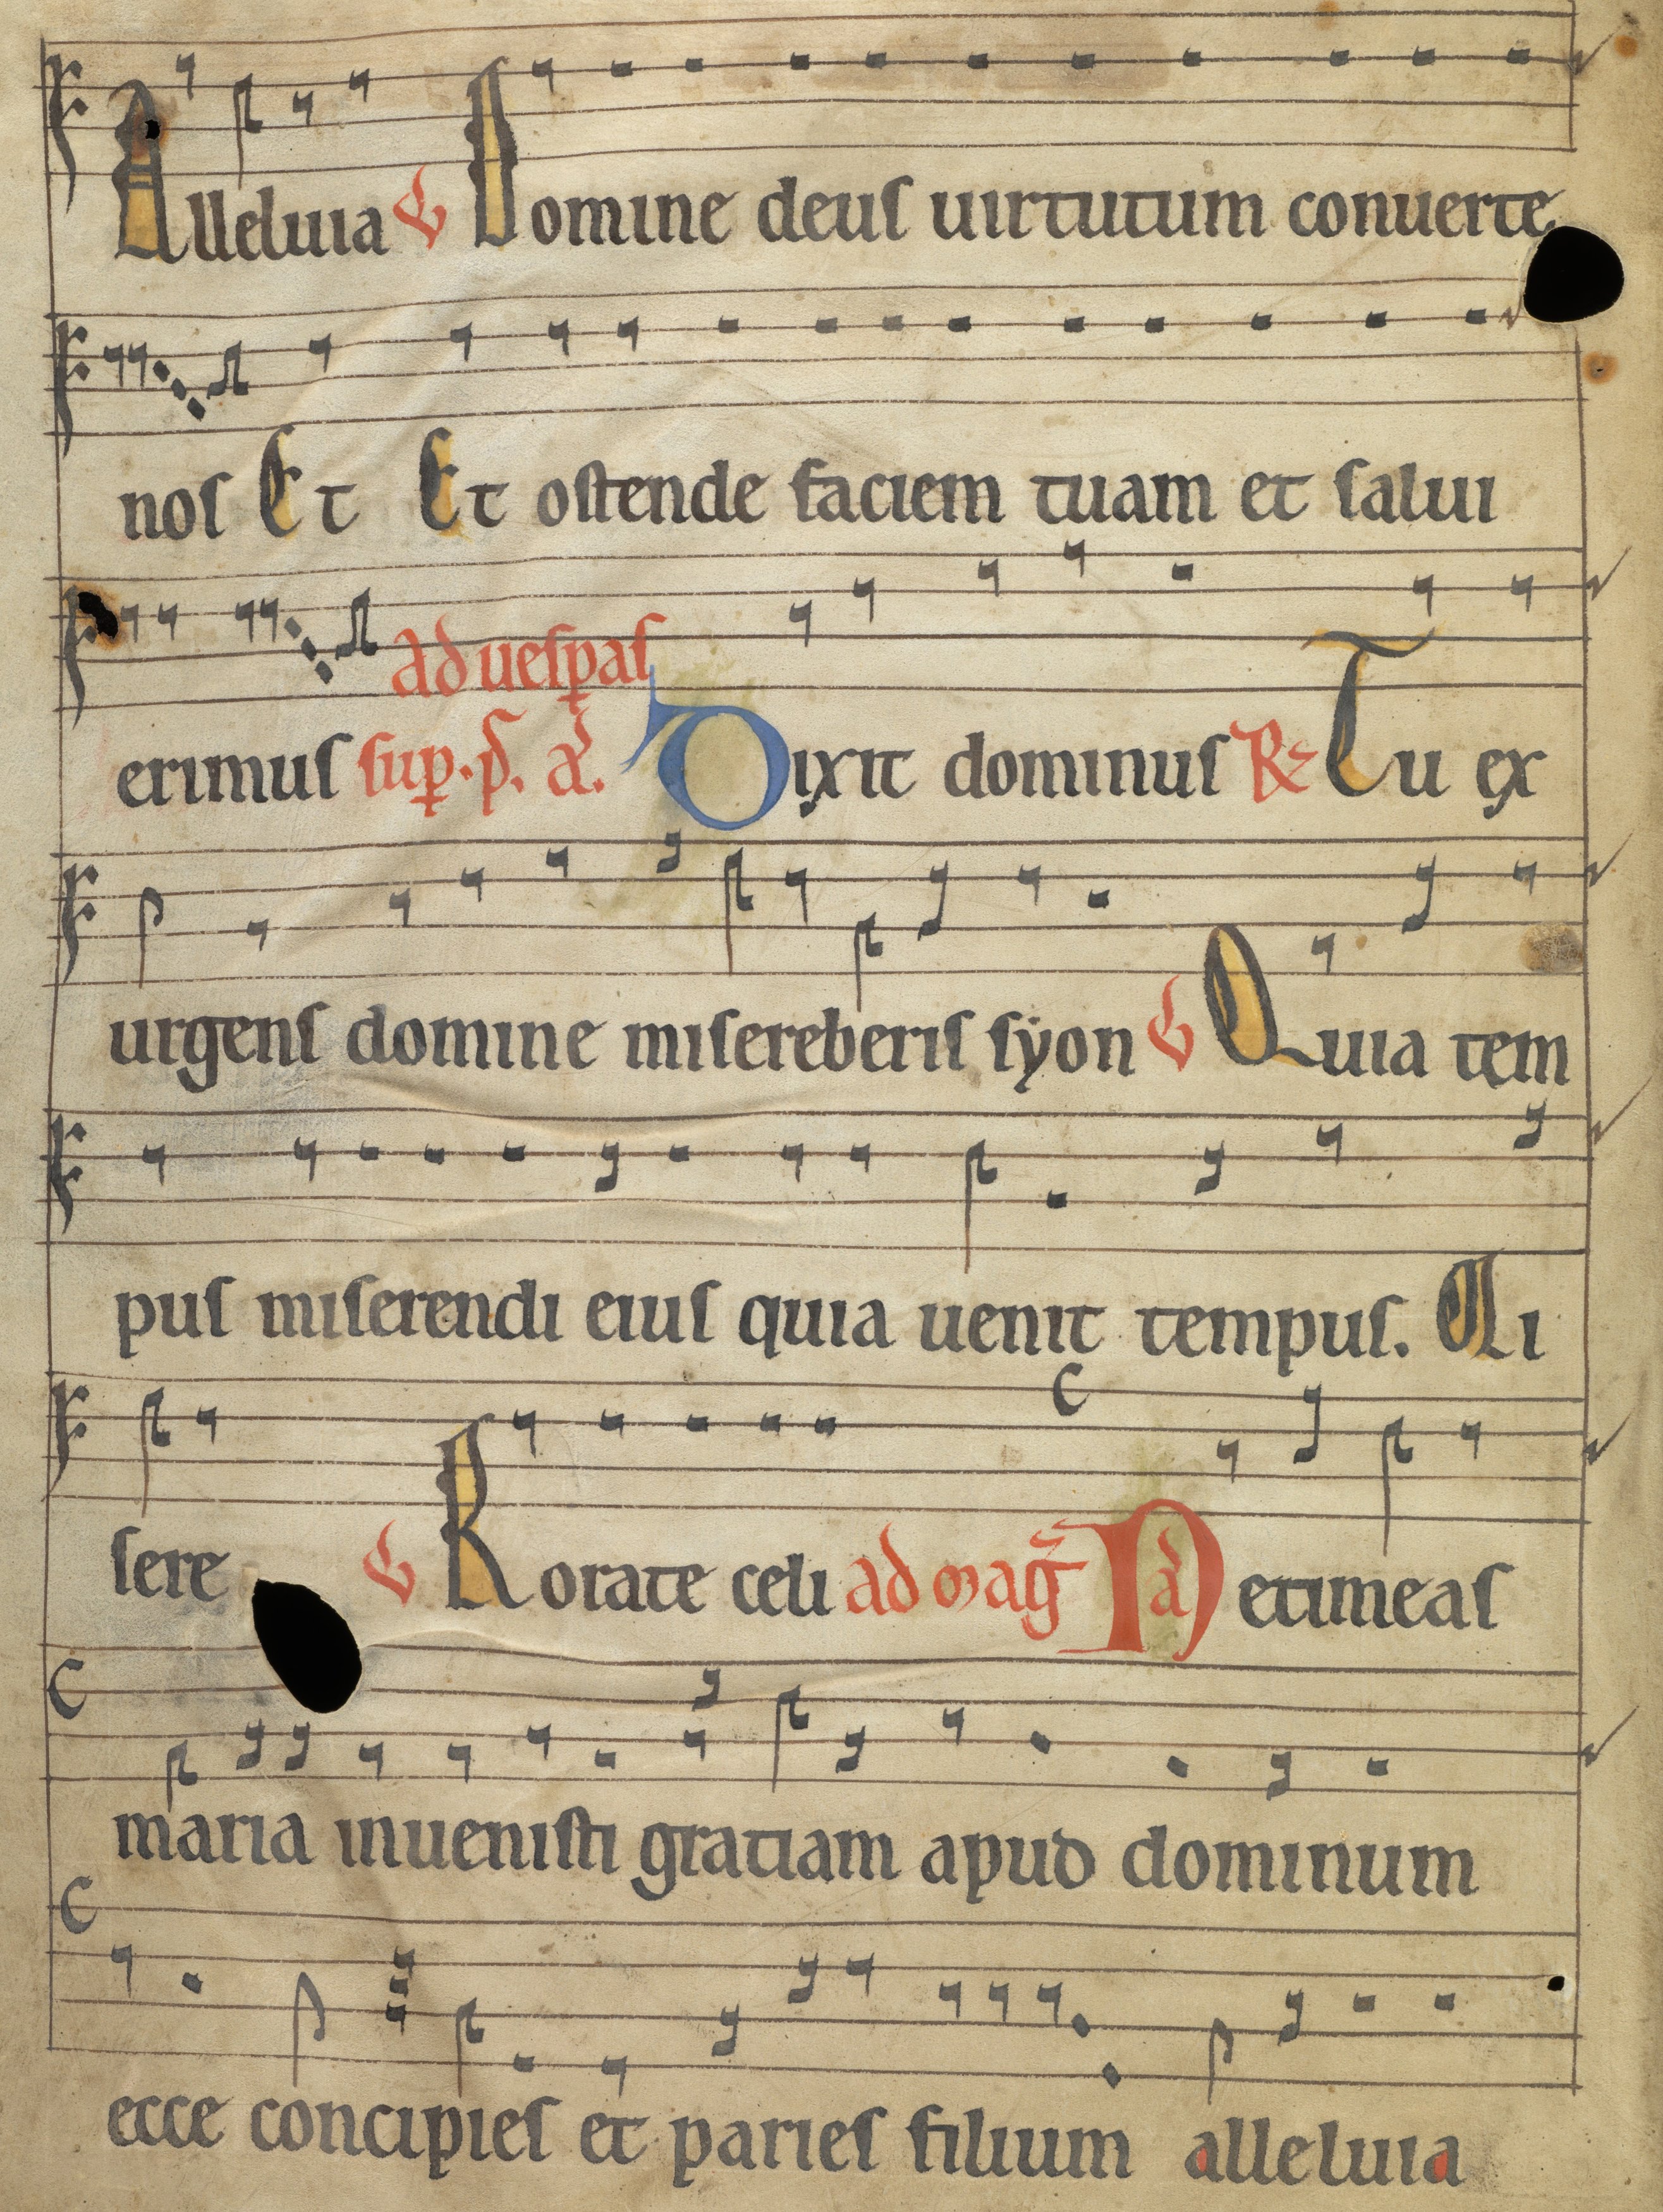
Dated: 1185–1215